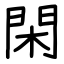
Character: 閑